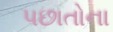
પછાતોના